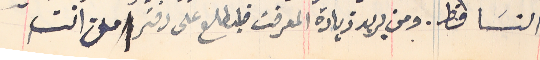
النسَا قط. ومن يريد زيادة المعرفت فليطلع على دفتر من انت